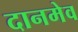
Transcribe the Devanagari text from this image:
दानमेव